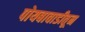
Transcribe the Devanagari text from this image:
पोयबावाडीतून